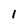
Character: l